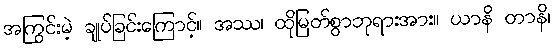
အကြွင်းမဲ့ ချုပ်ခြင်းကြောင့်။ အဿ၊ ထိုမြတ်စွာဘုရားအား။ ယာနိ တာနိ၊